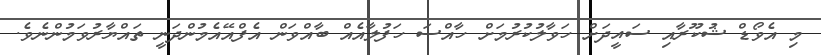
މި އެވޯޑް ޝުކޫރާއި ސައީދަށް ހަވާލުކުރުމަށް ހާއްސަ ހަފުލާއެއް ބާއްވަން އެފްއޭއެމުންދަނީ ތައްޔާރުވަމުންނެވެ.